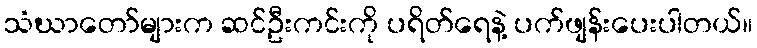
သံဃာတော်များက ဆင်ဦးကင်းကို ပရိတ်ရေနဲ့ ပက်ဖျန်းပေးပါတယ်။